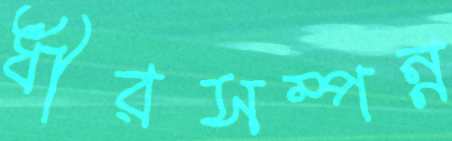
ধীরসম্পন্ন